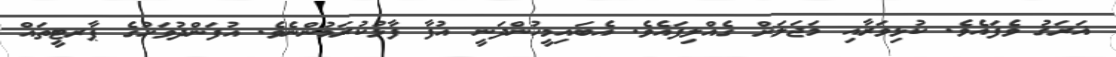
ޣަރަޤު ވެފައެވެ. ކުޅިވަރާއި މަޖަލަށް ގެއްލިފައެވެ. އެބައިމީހުންދަނީ އުފާ ފާޅުކުރަމުންނެވެ. އުފަންދުވަހުގެ ޕާރޓީތައް